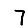
Digit: 7